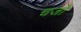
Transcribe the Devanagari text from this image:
चजो